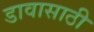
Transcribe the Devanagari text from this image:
डावासाठी